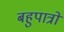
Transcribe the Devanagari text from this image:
बहुपात्रों